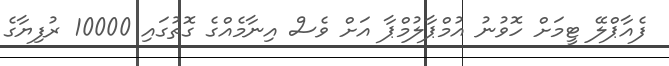
ފެއާޕްލޭ ޓީމަށް ހޮވުނު އުމްޕާލުމްޕާ އަށް ވެސް އިނާމެއްގެ ގޮތުގައި 10000 ރުފިޔާގެ